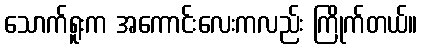
သောက်ရူးက အကောင်းလေးကလည်း ကြိုက်တယ်။